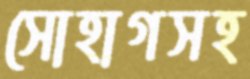
সোহাগসহ